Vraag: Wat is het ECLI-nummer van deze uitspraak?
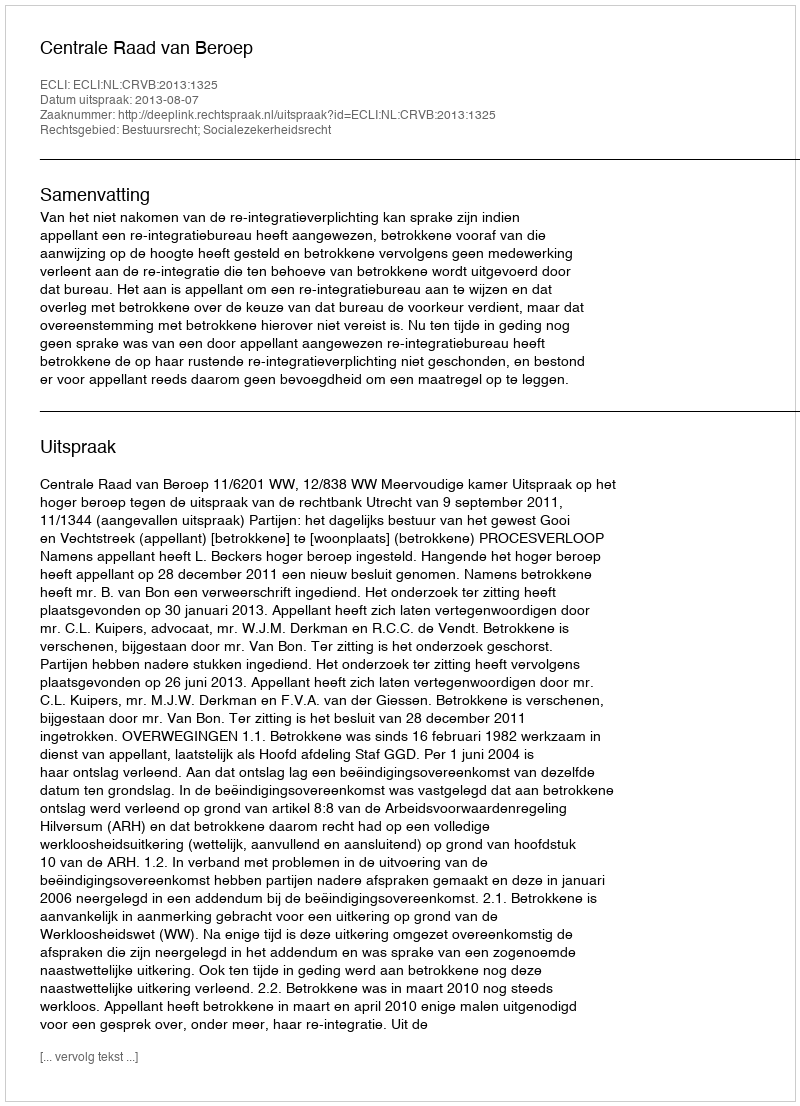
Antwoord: ECLI:NL:CRVB:2013:1325